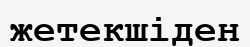
жетекшіден